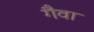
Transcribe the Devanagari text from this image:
गैवा